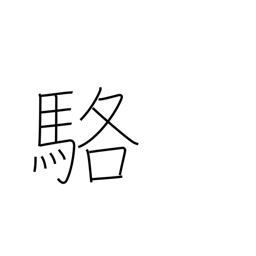
Meaning: white horse